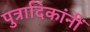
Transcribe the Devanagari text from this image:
पुत्रादिकांनीं